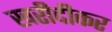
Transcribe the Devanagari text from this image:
खरीदीकर